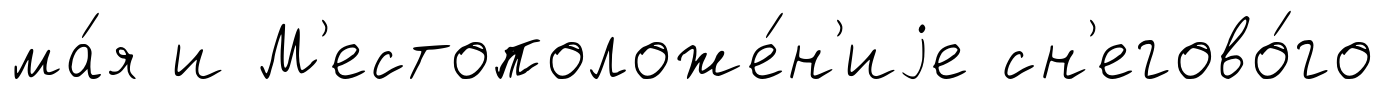
ма́я и М'естоположе́н'иjе сн'егово́го